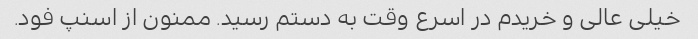
خیلی عالی و خریدم در اسرع وقت به دستم رسید. ممنون از اسنپ فود.